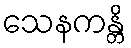
သေနကန္တိ